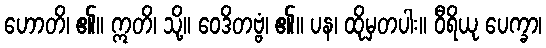
ဟောတိ၊ ၏။ ဣတိ၊ သို့။ ဝေဒိတဗ္ဗံ၊ ၏။ ပန၊ ထိုမှတပါး။ ဝီရိယု ပေက္ခာ၊